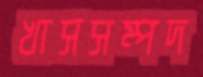
খাসসম্পদ